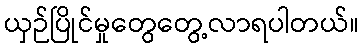
ယှဉ်ပြိုင်မှုတွေတွေ့လာရပါတယ်။